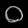
Digit: ၀